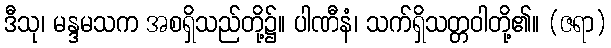
ဒီသု၊ မန္ဒမသက အစရှိသည်တို့၌။ ပါဏီနံ၊ သက်ရှိသတ္တဝါတို့၏။ (ဇရာ)